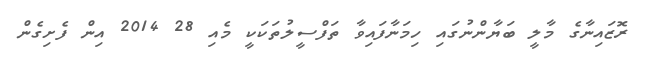
ރޮޒައިނާގެ މާލީ ބަޔާންނުގައި ހިމަނާފައިވާ ތަފްސީލުތަކަކީ މެއި 28 2014 އިން ފެށިގެން